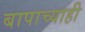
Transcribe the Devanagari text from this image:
बापाच्याही